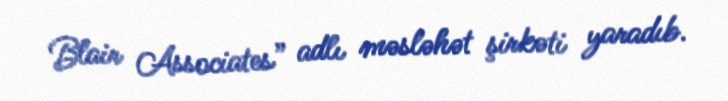
Blair Associates” adlı məsləhət şirkəti yaradıb.